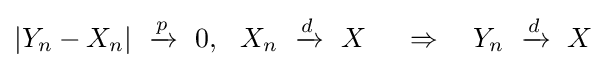
|Y_{n}-X_{n}|\ \xrightarrow {p} \ 0,\ \ X_{n}\ \xrightarrow {d} \ X\ \quad \Rightarrow \quad Y_{n}\ \xrightarrow {d} \ X